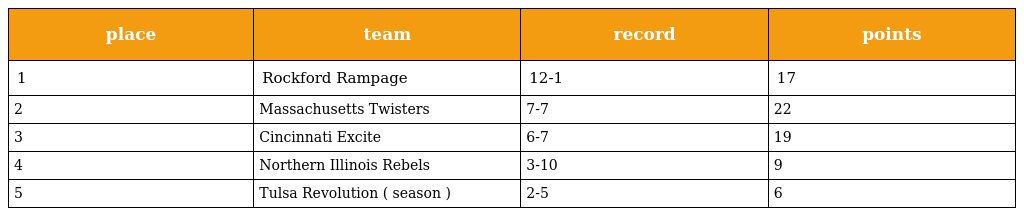
| place | team | record | points |
 | --- | --- | --- | --- |
 | 1 | Rockford Rampage | 12-1 | 17 |
 | 2 | Massachusetts Twisters | 7-7 | 22 |
 | 3 | Cincinnati Excite | 6-7 | 19 |
 | 4 | Northern Illinois Rebels | 3-10 | 9 |
 | 5 | Tulsa Revolution ( season ) | 2-5 | 6 |